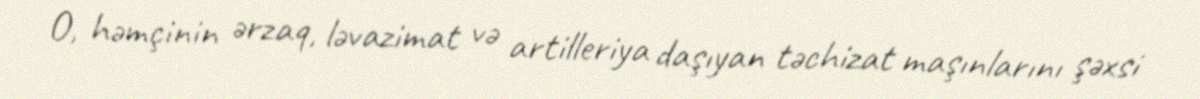
O, həmçinin ərzaq, ləvazimat və artilleriya daşıyan təchizat maşınlarını şəxsi